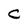
Character: c